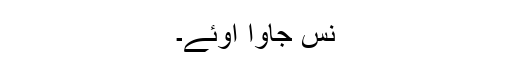
نس جاوا اوئے۔